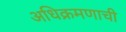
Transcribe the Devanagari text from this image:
अधिक्रमणाची